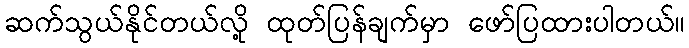
ဆက်သွယ်နိုင်တယ်လို့ ထုတ်ပြန်ချက်မှာ ဖော်ပြထားပါတယ်။